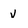
Character: v